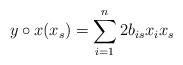
LaTeX: \begin{align*}y\circ x(x_s)=\sum_{i=1}^n2b_{is}x_ix_s\end{align*}